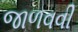
જાળવવી